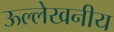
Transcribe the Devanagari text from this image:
ऊल्लेखनीय